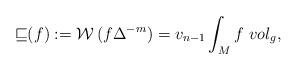
LaTeX: \begin{align*}{\mathcal{v}}(f) := \mathcal{W}\,(f \Delta ^{-m})= v_{n-1} \int _{M} f~vol_{g},\end{align*}